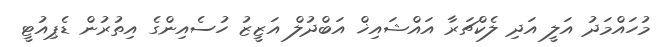
މުހައްމަދު އަލީ އަދި ލެކްޗަރާ އައްޝައިޚް އަބްދުލް އަޒީޒު ހުސެއިންގެ އިތުރުން ޑެޕިއުޓީ